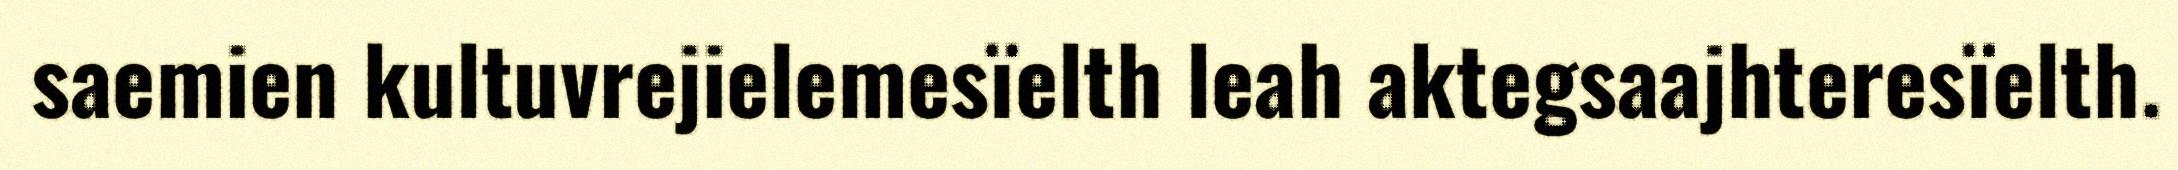
saemien kultuvrejielemesïelth leah aktegsaajhteresïelth.